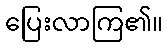
ပြေးလာကြ၏။